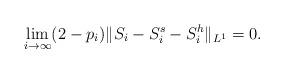
LaTeX: \begin{align*}\lim_{i\to\infty}(2-p_i)\|S_i-S_i^s-S_i^h\|_{L^1}=0.\end{align*}